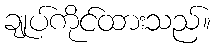
ချုပ်ကိုင်ထားသည်။